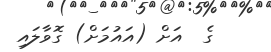
ގެ  އަށް (އައުމަށް) ގޮވާލައި